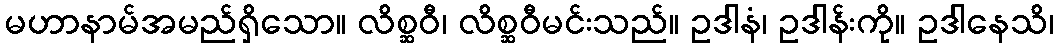
မဟာနာမ်အမည်ရှိသော။ လိစ္ဆဝီ၊ လိစ္ဆဝီမင်းသည်။ ဥဒါနံ၊ ဥဒါန်းကို။ ဥဒါနေသိ၊